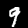
Label: 9